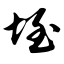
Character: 垤